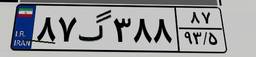
۳۸گ۳۰۶۹۱